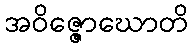
အဝိဇ္ဇောဃောတိ